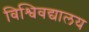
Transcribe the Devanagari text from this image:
विश्विवद्यालय